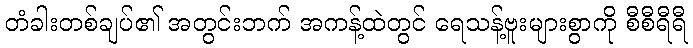
တံခါးတစ်ချပ်၏ အတွင်းဘက် အကန့်ထဲတွင် ရေသန့်ဗူးများစွာကို စီစီရီရီ